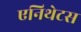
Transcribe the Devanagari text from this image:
एनिथेटस